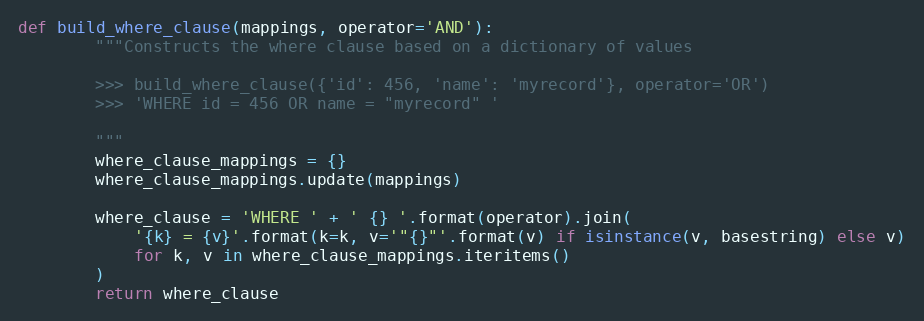
Language: Python
def build_where_clause(mappings, operator='AND'):
        """Constructs the where clause based on a dictionary of values

        >>> build_where_clause({'id': 456, 'name': 'myrecord'}, operator='OR')
        >>> 'WHERE id = 456 OR name = "myrecord" '

        """
        where_clause_mappings = {}
        where_clause_mappings.update(mappings)

        where_clause = 'WHERE ' + ' {} '.format(operator).join(
            '{k} = {v}'.format(k=k, v='"{}"'.format(v) if isinstance(v, basestring) else v)
            for k, v in where_clause_mappings.iteritems()
        )
        return where_clause